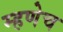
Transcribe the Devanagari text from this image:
म्हणेच